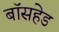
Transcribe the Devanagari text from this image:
बॉसहेड